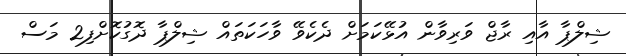
ޝިލްޕާ އާއި ރާޖް ވަރިވާން އުޅޭކަމަށް ދެކެވޭ ވާހަކަތައް ޝިލްޕާ ދޮގުކޮށްފި2 މަސް